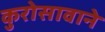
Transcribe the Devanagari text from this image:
कुरोसावाने